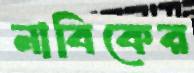
নাবিকের